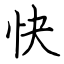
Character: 快